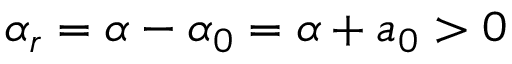
\alpha _ { r } = \alpha - \alpha _ { 0 } = \alpha + a _ { 0 } > 0